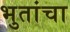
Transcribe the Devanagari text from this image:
भुतांचा